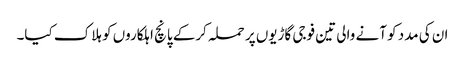
ان کی مدد کو آنے والی تین فوجی گاڑیوں پر حملہ کرکے پانچ اہلکاروں کو ہلاک کیا۔